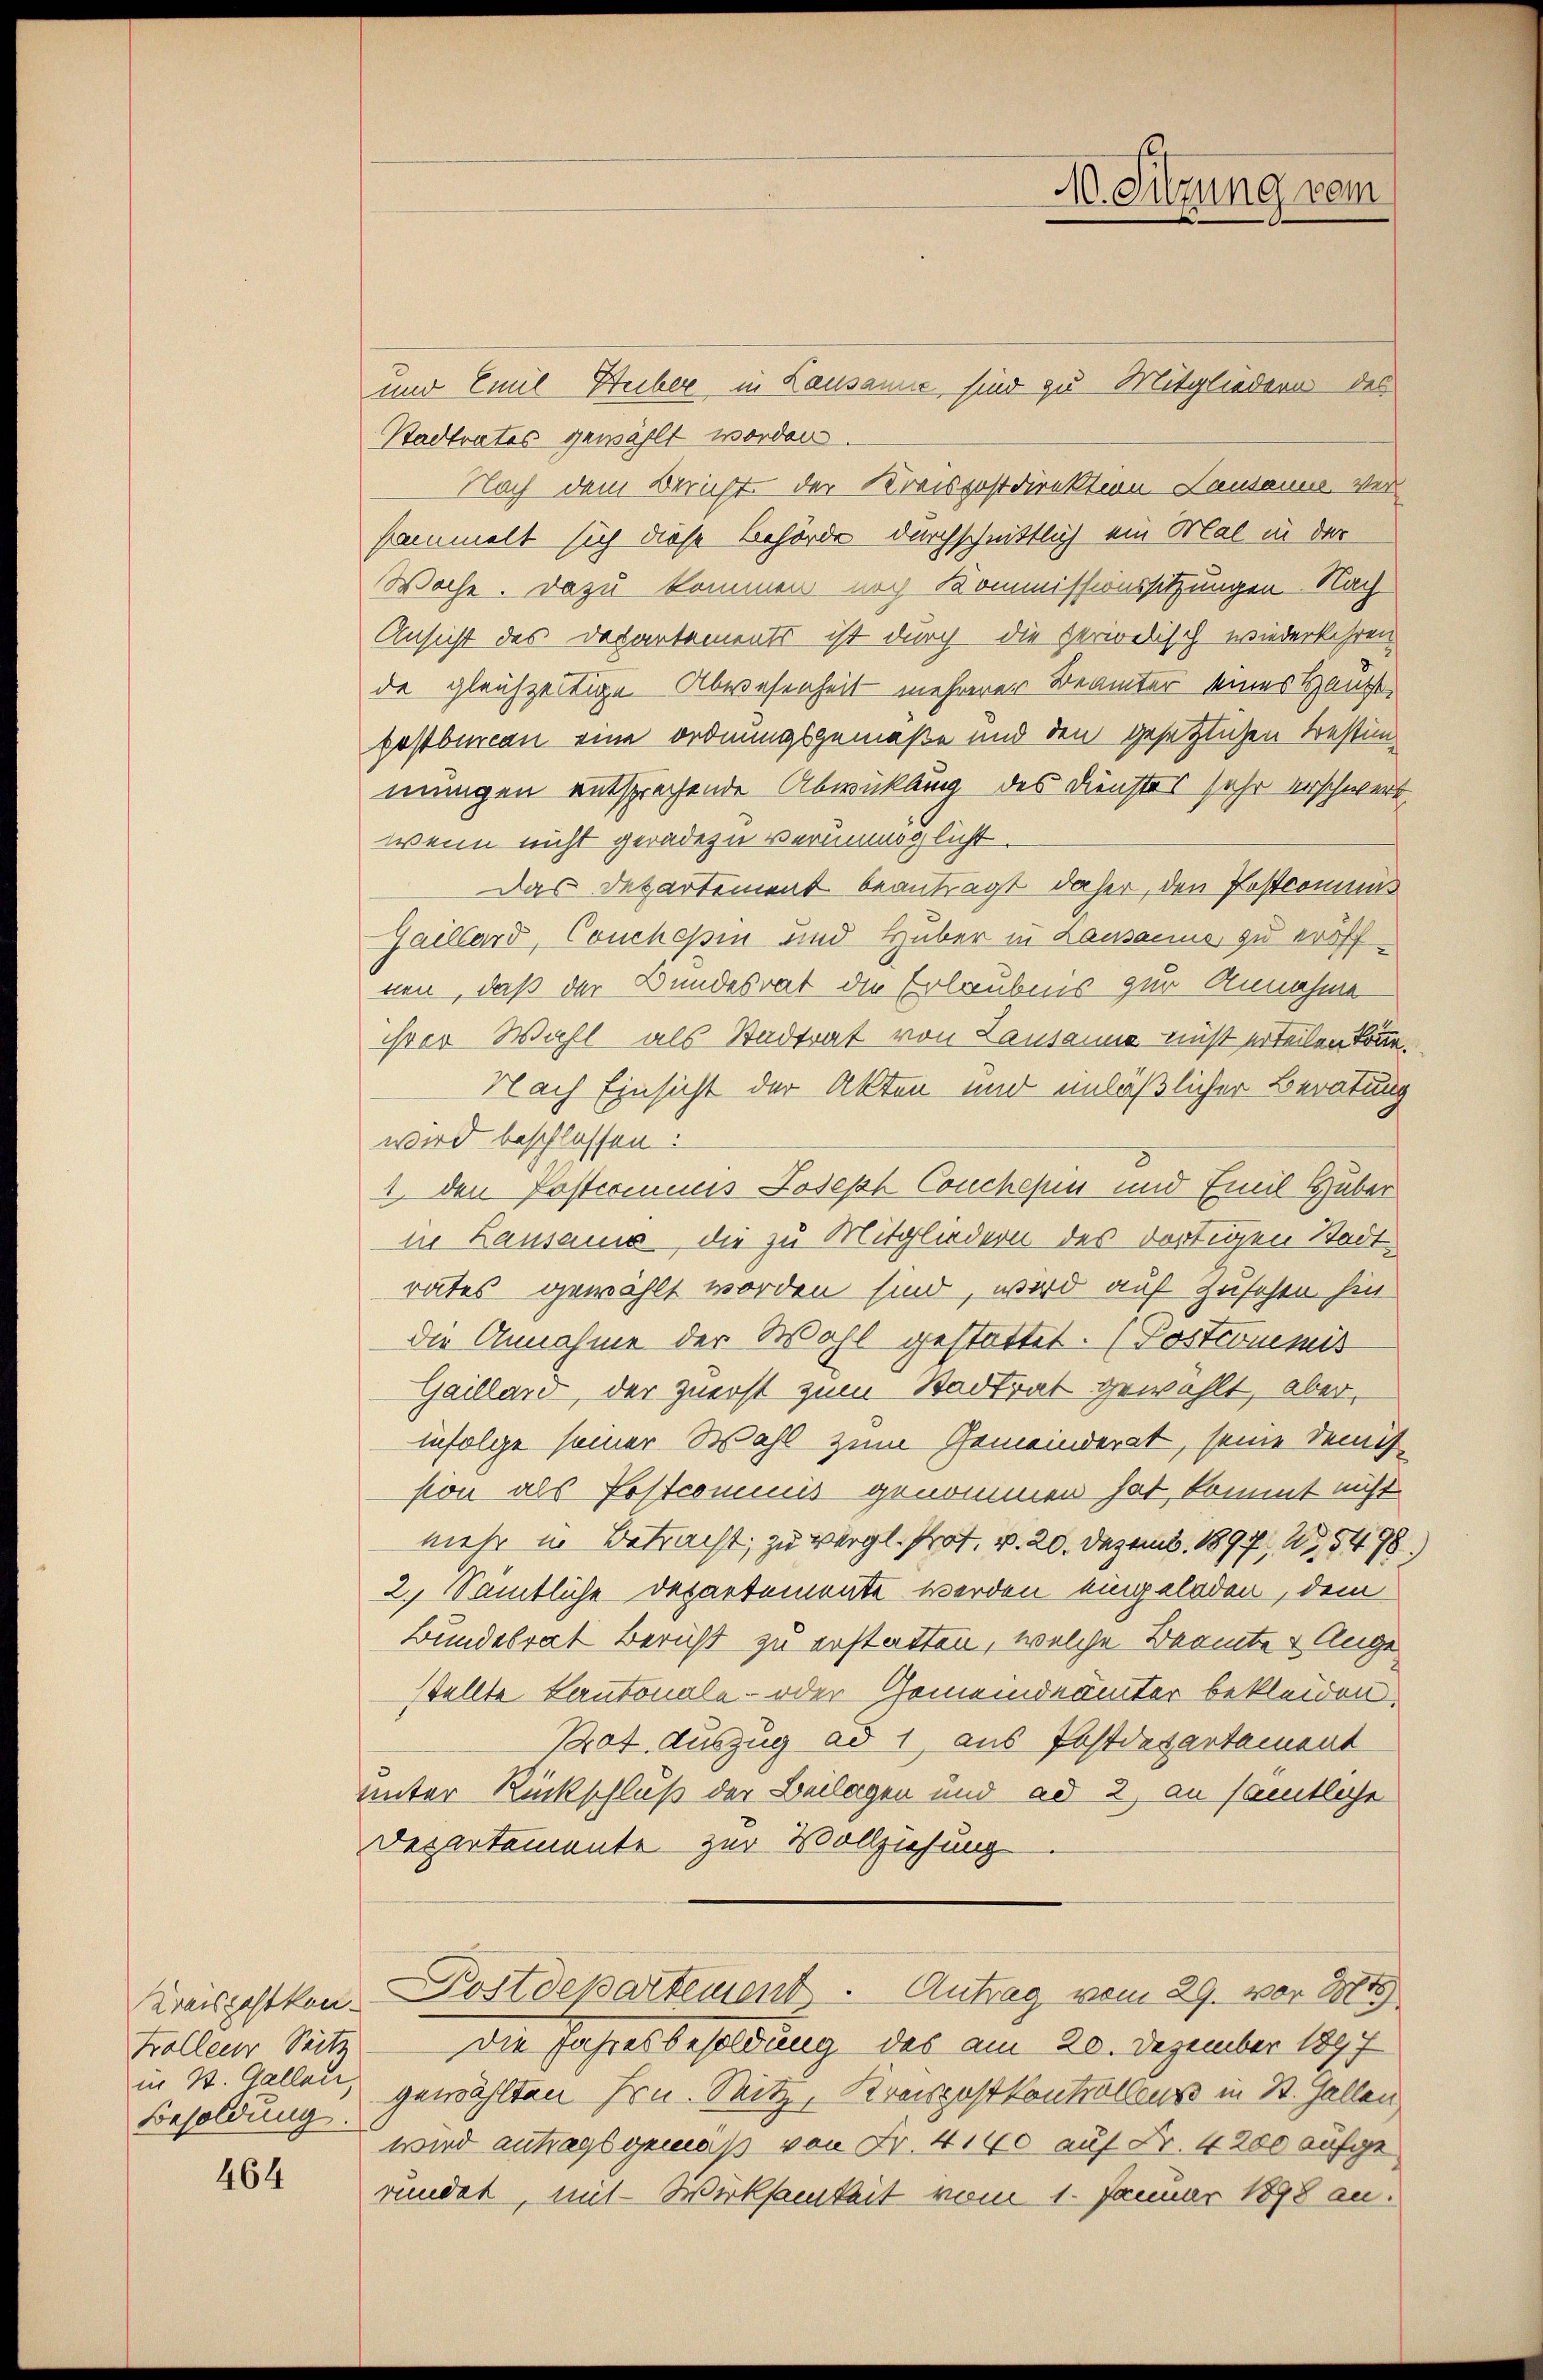
trolleur Seitz
in St. Gallen,
Besoldung.

464

und Emil Heiber in Lausanne sind zu Mitgliedern des
Stadtrates gewählt worden.
Nach dem Bericht der Kreispostdirektion Lausanne. Versammelt sich diese Behörde durchschnittlich ein Mal in der
Woche. Dazu kommen noch Kommissionssitzungen Nach
Ansicht des Departements ist durch die perielisch wiederkehren
de gleichzeitige Abwesenheit mehrerer Beamter seines Hauptpostbureau eine ordnungsgemäße und den gesetzlichen Trestimmungen entsprechende Abwicklung des Dienstes sehr verschwert.
wenn nicht geradezu verunmöglicht.
Das Departement beantragt daher, den Postcomun¬
Gaillard, Couchopin und Huber in Lausacius zu eröffnen, daß der Bundesrat die Erlaubnis zur Annahme
ihrer Wahl als Stadtrat von Lausanne nicht erteilen
Nach Einsicht der Akten und unläßlicher Beratung
wird beschlossen:
1. den Postcommis Joseph Conchesen und Emil Haber
in Lausanne, die zu Mitgliedern des dortigen Stadtrates gewählt worden sind, wird auf Zusehen hin
die Annahme der Wahl gestattet. (Postcommis
Gaillard, der zuerst zum Stadtrat gewählt, aber,
infolge seiner Wahl zum Gemeinderat, seine Demis
sion als Postcommis genommen hat, kommt nicht
mehr in Betracht, zu vergl. Prof. v. 20. Dezemb. 1897, 27,5498
2.) Sämtliche Departemente werden eingeladen, dem
Bundesrat Bericht zu erstatten, welche Beamte & Angestellte Kantonale - oder Gemeindeämter bekleiden.
Prot. Auszug ad 1, aus Postdepartement
unter Rückschluß der Beilagen und ad 2, an samtliche
Departemente zur Vollziehung
Kreisgesten Postdepartement. Antrag vom 29. vor 1881
Die Jahresbesoldung des am 20. Dezember 1897
gewählten Hrn. Sitz, Kreispostkontrollens in St. Gallen
wird antragsgemäß von Fr. 4140 auf Fr. 4200 aufgeründet, mit Wirksamkeit vom 1. Januar 1898 an.

40. Sitzung vom